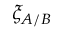
\xi _ { A / B }